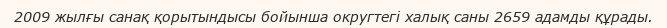
2009 жылғы санақ қорытындысы бойынша округтегі халық саны 2659 адамды құрады.